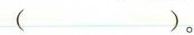
( )。